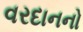
વરદાનનો